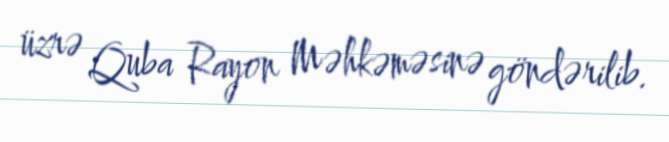
üzrə Quba Rayon Məhkəməsinə göndərilib.